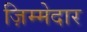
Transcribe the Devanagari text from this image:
ज़िम्‍मेदार